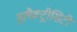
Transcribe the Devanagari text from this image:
इलैक्‍ट्रीसिटी